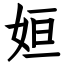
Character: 姮